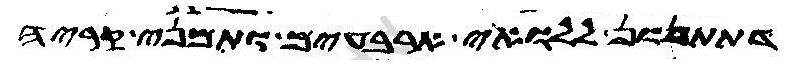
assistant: דתתנון ללואי ארבעים ותמני קריה